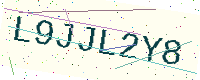
Text: L9JJL2Y8